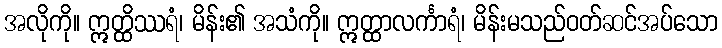
အလိုကို။ ဣတ္ထိဿရံ၊ မိန်း၏ အသံကို။ ဣတ္ထာလင်္ကာရံ၊ မိန်းမသည်ဝတ်ဆင်အပ်သော